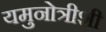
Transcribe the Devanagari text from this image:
यमुनोत्रीशी